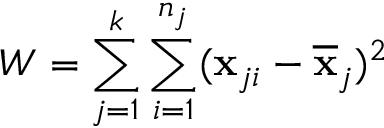
W = \sum _ { j = 1 } ^ { k } \sum _ { i = 1 } ^ { n _ { j } } ( \mathbf { x } _ { j i } - \overline { { \mathbf { x } } } _ { j } ) ^ { 2 }